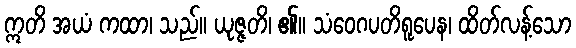
ဣတိ အယံ ကထာ၊ သည်။ ယုဇ္ဇတိ၊ ၏။ သံဝေဂပတိရူပေန၊ ထိတ်လန့်သော